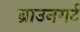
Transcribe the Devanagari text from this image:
ब्राउनगर्ट